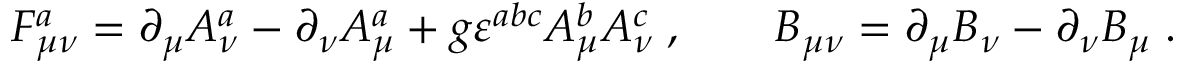
F _ { \mu \nu } ^ { a } = \partial _ { \mu } A _ { \nu } ^ { a } - \partial _ { \nu } A _ { \mu } ^ { a } + g \varepsilon ^ { a b c } A _ { \mu } ^ { b } A _ { \nu } ^ { c } \; , \qquad B _ { \mu \nu } = \partial _ { \mu } B _ { \nu } - \partial _ { \nu } B _ { \mu } \; .